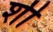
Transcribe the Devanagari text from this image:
र्शी